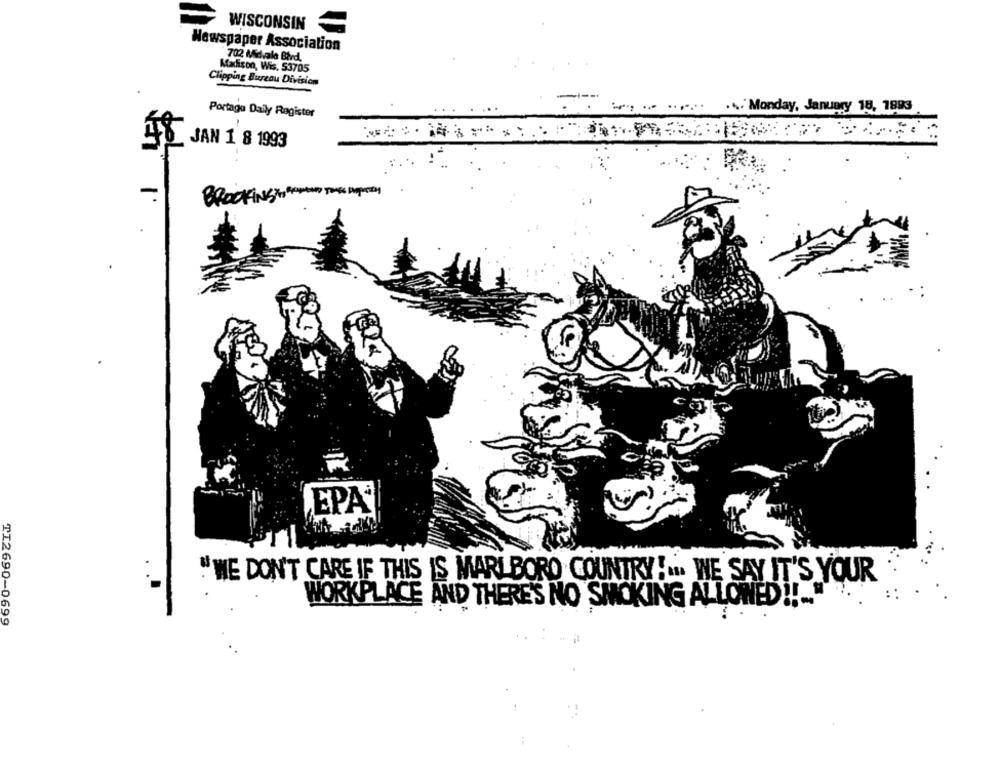
WISCONSIN
Newspaper Association
702 Midvale Blvd.
Madison, Wis. 53705
Clipping Bureau Division
-: \ Monday, January 18, 1883
Portagu Daily Register
JAN 1 8 1993
Blockingto pperD Jas spray
EPA
"WE DON'T CARE IF THIS IS MARLBORO COUNTRY ! ... WE SAY IT'S YOUR
WORKPLACE AND THERE'S NO SMOKING ALLOWED !!.. "
TI2690-0699